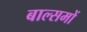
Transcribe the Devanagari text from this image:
बाल्समों